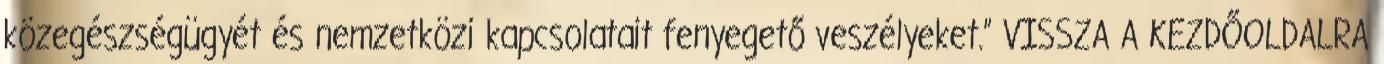
közegészségügyét és nemzetközi kapcsolatait fenyegető veszélyeket.” VISSZA A KEZDŐOLDALRA